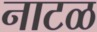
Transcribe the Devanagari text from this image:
नाटळ